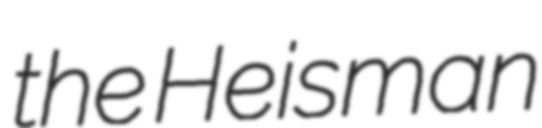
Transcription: the Heisman